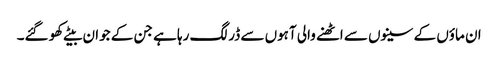
ان ماؤں کے سینوں سے اٹھنے والی آہوں سے ڈر لگ رہا ہے جن کے جوان بیٹے کھو گئے۔